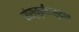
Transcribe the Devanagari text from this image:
संस्कृतीतसुद्धा